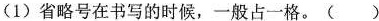
(1)省略号在书写的时候，一般占一格。（）